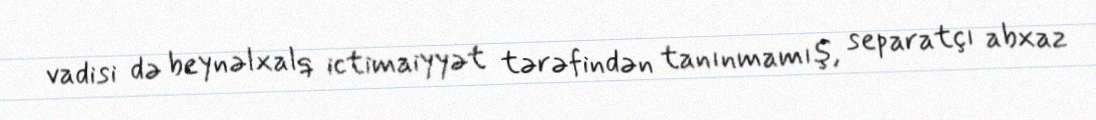
vadisi də beynəlxalq ictimaiyyət tərəfindən tanınmamış, separatçı abxaz